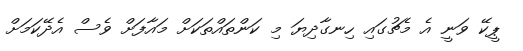
ޕީކޭ ވަނީ އެ މެޗުގައި ހިނގާދިޔަ މި ކަންތައްތަކަށް މައާފަށް ވެސް އެދޭކަމަށް